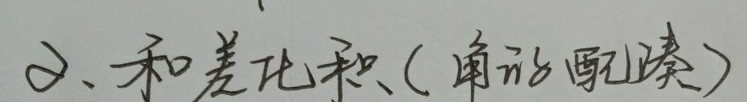
2、和差化积（角的配凑）